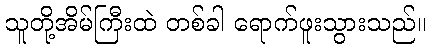
သူတို့အိမ်ကြီးထဲ တစ်ခါ ရောက်ဖူးသွားသည်။